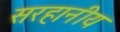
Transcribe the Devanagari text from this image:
सरहानीय